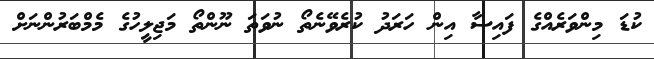
ކުޑަ މިންވަރެއްގެ ފައިސާ އިން ހަރަދު ކުރެވޭނެތޯ ނުވަތަ ނޫންތޯ މަޖިލީހުގެ މެމްބަރުންނަށް